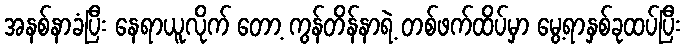
အနစ်နာခံပြီး နေရာယူလိုက် တော့ ကွန်တိန်နာရဲ့ တစ်ဖက်ထိပ်မှာ မွေ့ရာနှစ်ခုထပ်ပြီး